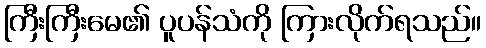
ကြီးကြီးမေ၏ ပူပန်သံကို ကြားလိုက်ရသည်။